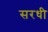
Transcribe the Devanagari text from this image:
सरधी